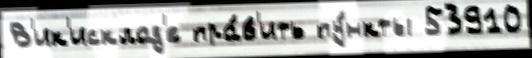
В'ик'исклад'е пра́в'ить пу́нкты 53910